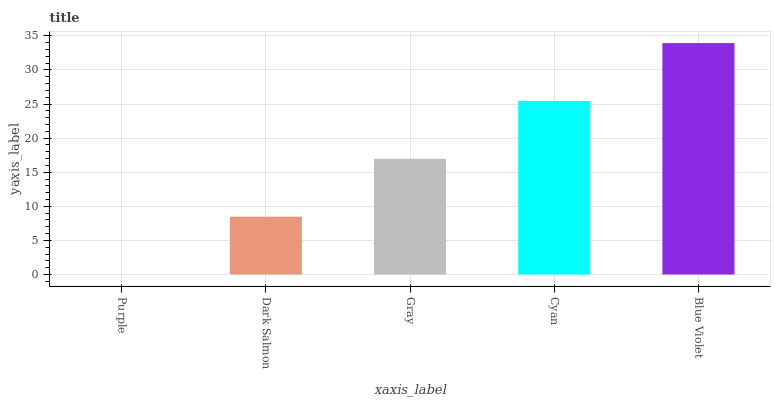
| xaxis_label | bars |
 | --- | --- |
 | Purple | 0 |
 | Dark Salmon | 8.49 |
 | Gray | 17 |
 | Cyan | 25.5 |
 | Blue Violet | 33.9 |